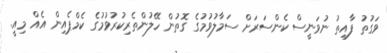
ވަގުތު ފާއިތު ނުވަނީސް ކެންސަރަށް ސަމާލުވުމުގެ ގޮތުން ހޭލުންތެރިކުރުވުމުގެ ކެމްޕެއިން އެއް މިއީ.